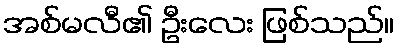
အစ်မလီ၏ ဦးလေး ဖြစ်သည်။